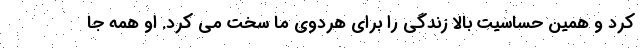
کرد و همین حساسیت بالا زندگی را برای هردوی ما سخت می کرد. او همه جا